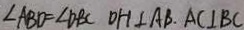
\angle A B D = \angle D B C D H \bot A B . A C \bot B C